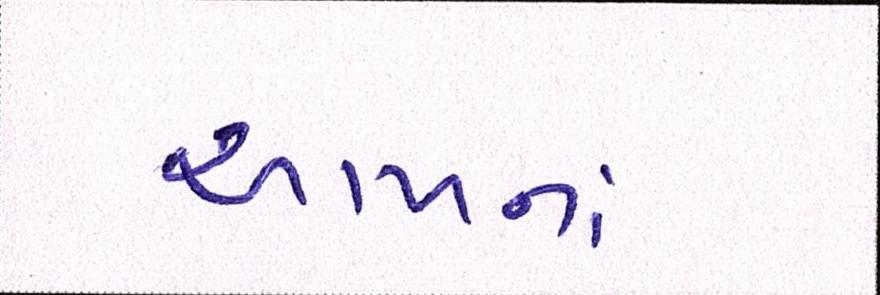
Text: આંખના